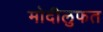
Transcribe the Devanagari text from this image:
मोदीलुफत